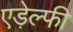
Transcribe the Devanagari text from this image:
एड़ेल्फी